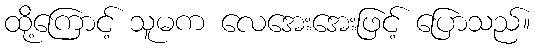
ထို့ကြောင့် သူမက လေအေးအေးဖြင့် ပြောသည်။